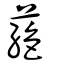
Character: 蕝